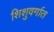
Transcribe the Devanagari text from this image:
शिशुवर्गात